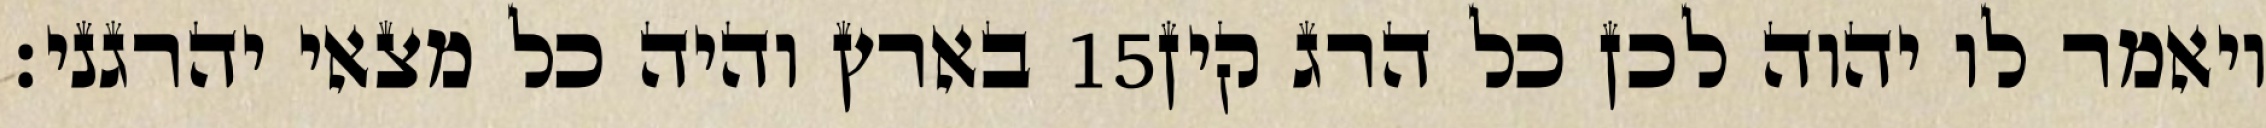
בארץ והיה כל מצאי יהרגני׃ ‎15‏ ויאמר לו יהוה לכן כל הרג קין